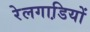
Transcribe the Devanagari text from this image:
रेलगाडि़यों